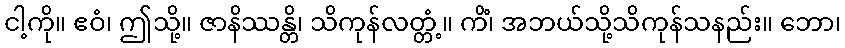
ငါ့ကို။ ဧဝံ၊ ဤသို့။ ဇာနိဿန္တိ၊ သိကုန်လတ္တံ့။ ကိံ၊ အဘယ်သို့သိကုန်သနည်း။ ဘော၊